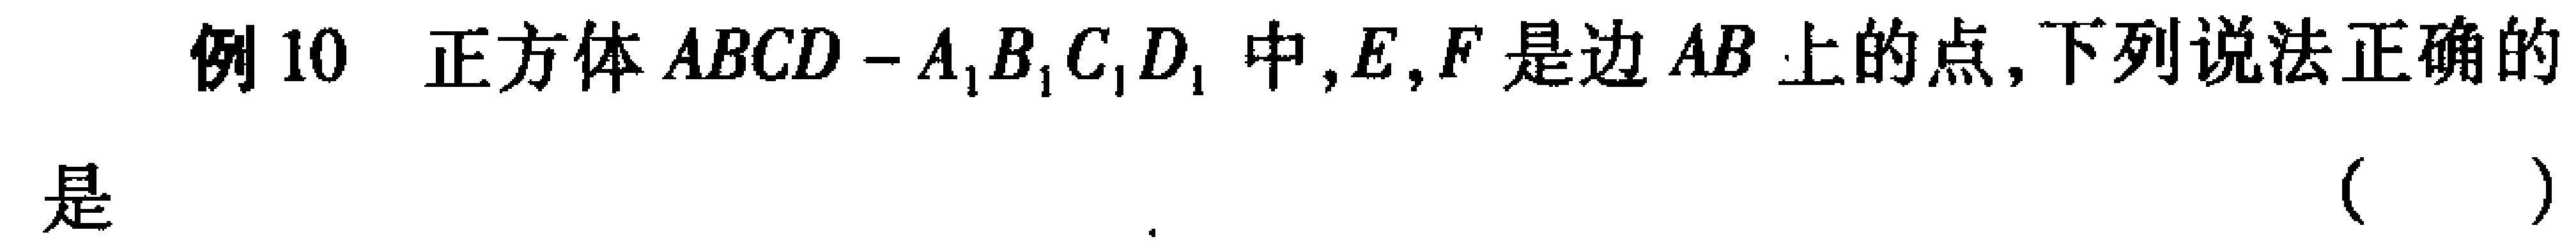
例10 正方体\(ABCD - A_{1}B_{1}C_{1}D_{1}\)中，\(E,F\)是边\(AB\)上的点，下列说法正确的是 （  ）